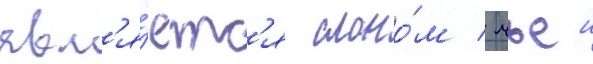
явл'я́етс'я слоно́м / чьеи